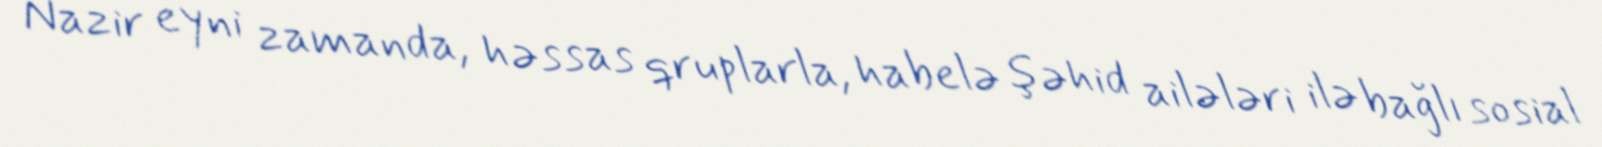
Nazir eyni zamanda, həssas qruplarla, habelə şəhid ailələri ilə bağlı sosial